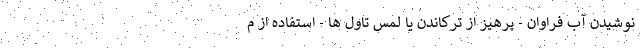
نوشیدن آب فراوان - پرهیز از ترکاندن یا لمس تاول ها - استفاده از م